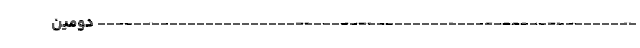
------------------------------------------------------------ دومین